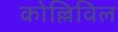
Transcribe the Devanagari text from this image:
कोल्लिविल